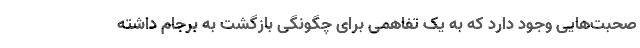
صحبت‌هایی وجود دارد که به یک تفاهمی برای چگونگی بازگشت به برجام داشته